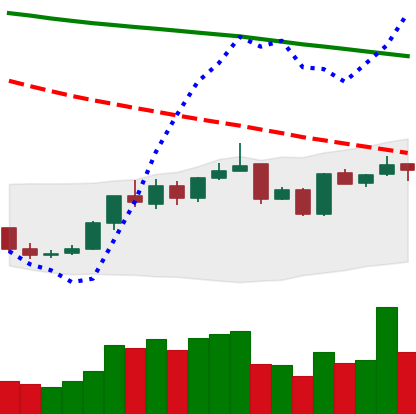
Ticker: BNB-USD
Chart end date: 2019-01-01
Forward return: 5.279%
Label: up_5_7